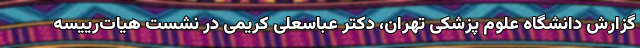
گزارش دانشگاه علوم پزشکی تهران، دکتر عباسعلی کریمی در نشست هیات‌رییسه